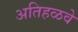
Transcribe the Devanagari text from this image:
अतिहळवे